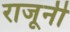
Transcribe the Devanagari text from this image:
राजूनी